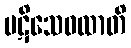
ပဋိသေဝထာတိ